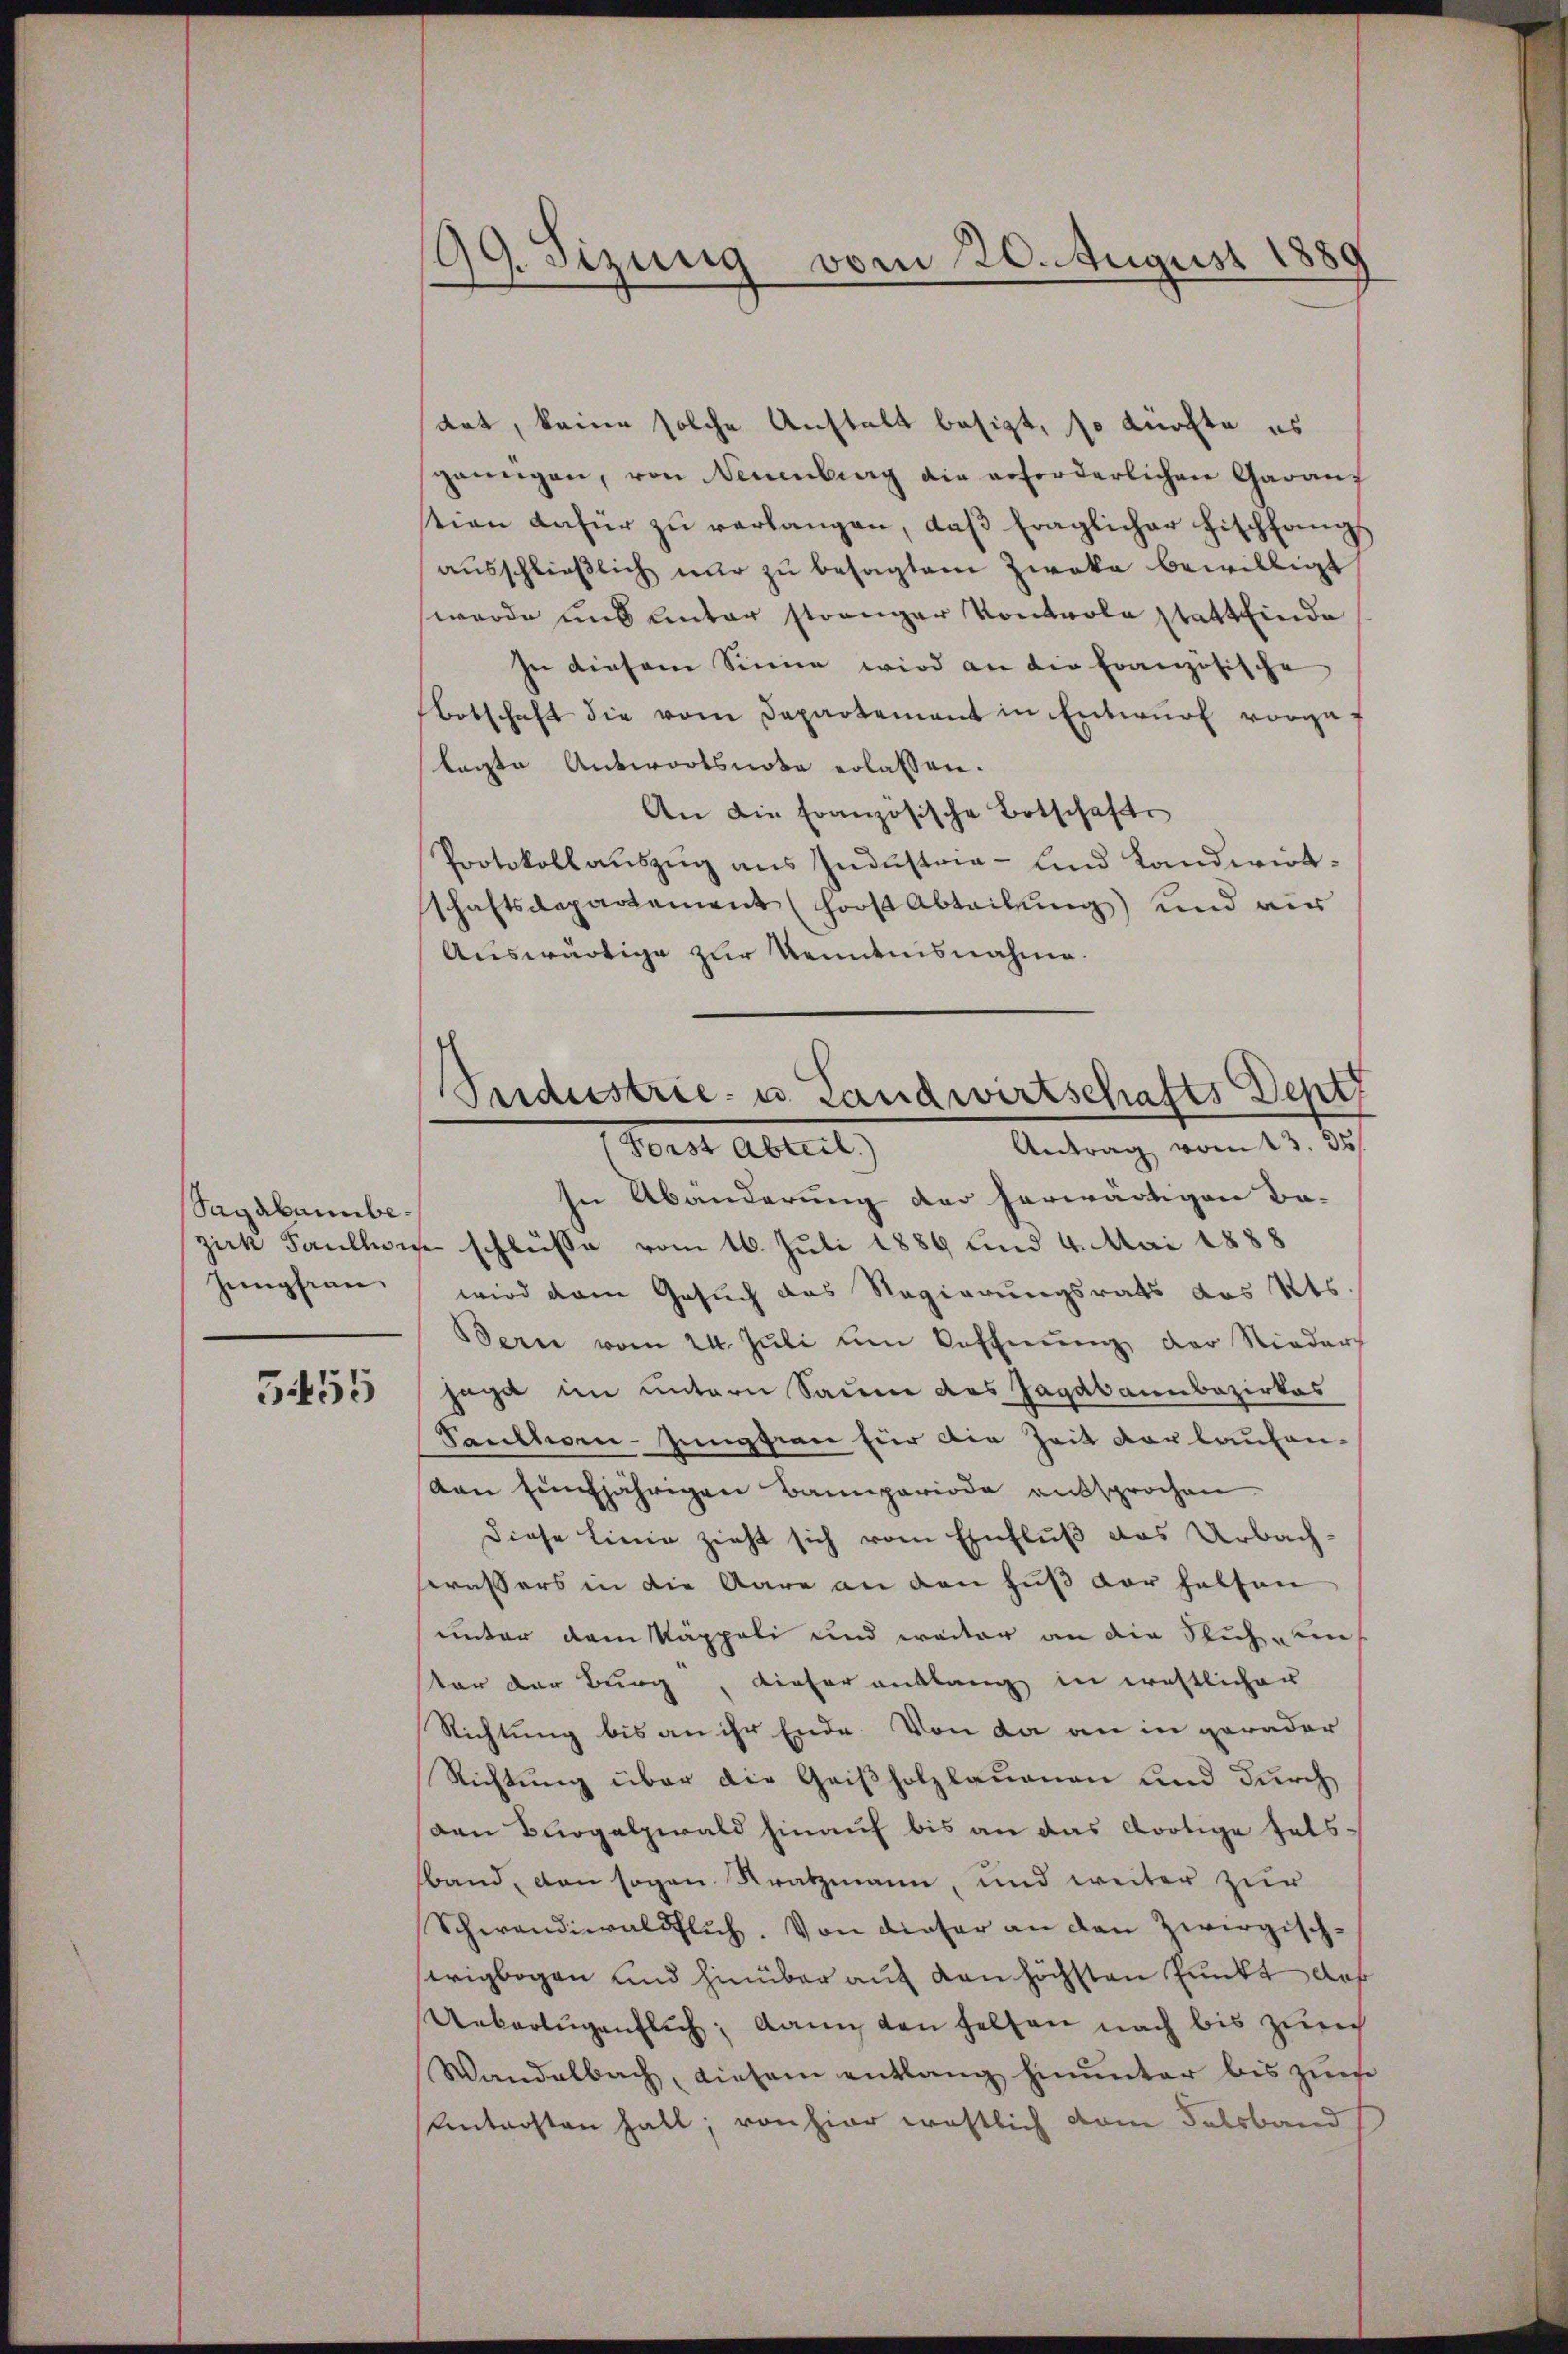
Sagabannbe¬
Jungfrau

5455

99. Sizung vom 20. August 1880

dat, keine solche Anstalt besizt, so dürfte es
sprungen, von Neuenburg die erforderlichen Garant
stian dafür zu verlangen, daβ fraglicher Fischfangs
ausschließlich nur zu besagtem Zwaka bewilligt
werde und unter strenger Kontrola stattfinde
In diesem Sinne wird an die Französische
botschaft die vom Departamant in Entwŭrf vorgef
lagte Antwortsnota erlassen.
An die Französische Botschafts
Protokollauszug aus Industria- Lnd Landwirtschaftsdepartement (hoost Abteilung) und aus
Auswärtige zur Kenntnisnahme.
In Abänderung der herwärtigen Ba-
zirk Faullon schlüsse vom 16. Juli 1889 und 4. Mai 1888
wird dem Gesuch das Regierungsrats das Kts.
Bern vom 24. Jŭli um Oeffnung der Niederh
sage im untern Saume des Jagdbannbazirkas
Saulhorn-Jungsien für die Zeit vorlaufenvon Einjährigen Bannperiode aussprochen
diese Linie zieht sich vom Einfluß das Urbach-
srassers in die Aare an den Fuß der halten
unter dem Käppeli und weiter an die Stich uns
ter der Burg, dieser entlang in ernstlicher
Richtung bis an ihr Ende. Von da an in gerader
Richtung über die Geißholzlauenen und durch
Den Bürgalzwald hinauf bis an das dortige fals-
band, den sogen Kratzmann, und weiter zur
Schwandiwaldtlich. Von dieser an den Zwirgisch-
wrigbogen und hinüber auf den höchsten Punkt der
Unkartŭgenflich; dann den helfen nach bis zürch
Wandelbach, diesem entlang hinunter bis zure
Untersten halt, von hier westlich vom Felsband

Sudustrie- u. Landwirtschafts Deptz
Verst Abreit
Antrag vom 13. 35.